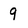
Character: 9